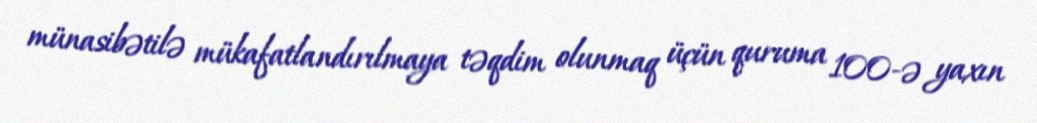
münasibətilə mükafatlandırılmaya təqdim olunmaq üçün quruma 100-ə yaxın